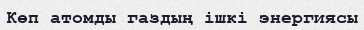
Көп атомды газдың ішкі энергиясы